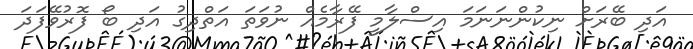
އަދި ބޭރަށް ނިކުންނަނަމަ އިސްލާމީ ފޭރާމެއް ނުވަތަ އަތްދިގު އަދި ބޯ ފޮރުވޭފަދަ